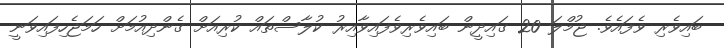
ބައިވެރި ވެފައެވެ. ޖުމްލަ 20 ގައިދީން ބައިވެރިވެފައިވާއިރު ކުލާސްތައް ކުރިއަށް ގެންދިއުމަށް ހަމަޖެހިފައިވަނީ